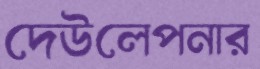
দেউলেপনার